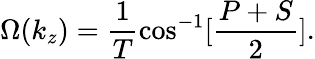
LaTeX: \Omega(k_{z})=\frac{1}{T}\cos^{-1}[\frac{P+S}{2}].